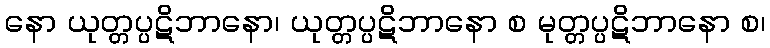
နော ယုတ္တပ္ပဋိဘာနော၊ ယုတ္တပ္ပဋိဘာနော စ မုတ္တပ္ပဋိဘာနော စ၊